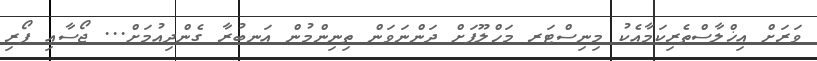
ވަރަށް އިޚްލާސްތެރިކަމާއެކު މިނިސްޓަރ މަހްލޫފަށް ދަންނަވަން ތިނިންމުން އަނބުރާ ގެންދިއުމަށް... ޖޯސާއި ފޯރި